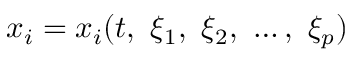
x _ { i } = x _ { i } ( t , \ \xi _ { 1 } , \ \xi _ { 2 } , \ \ldots , \ \xi _ { p } )